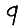
Digit: 9